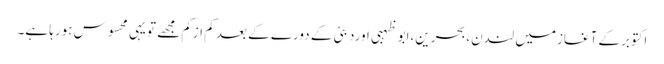
اکتوبرکے آغازمیں لندن،بحرین،ابو ظہبی اوردبئی کے دورے کے بعد کم ازکم مجھے تویہی محسوس ہورہا ہے۔